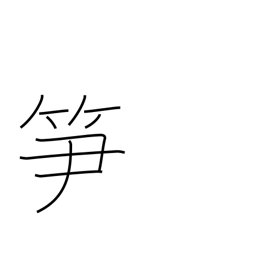
Meaning: bamboo shoot